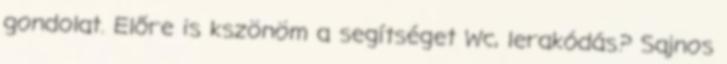
gondolat. Előre is kszönöm a segítséget Wc, lerakódás? Sajnos